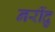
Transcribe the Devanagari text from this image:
नरींद्रु